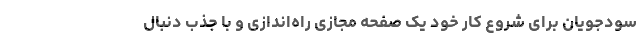
سودجویان برای شروع کار خود یک صفحه مجازی راه‌اندازی و با جذب دنبال